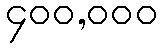
၄၀၀,၀၀၀